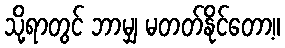
သို့ရာတွင် ဘာမျှ မတတ်နိုင်တော့။